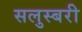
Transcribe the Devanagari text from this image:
सलुस्बरी